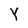
Character: Y